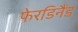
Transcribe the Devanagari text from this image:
फेरडिनैंड